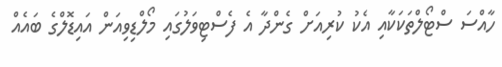
ހާއްސަ ސްޓޯލްތަކަކާއި އެކު ކުރިއަށް ގެންދާ އެ ފެސްޓިވަލުގައި މޯލްޑިވިއަން އައިޑޮލްގެ ބައެއް